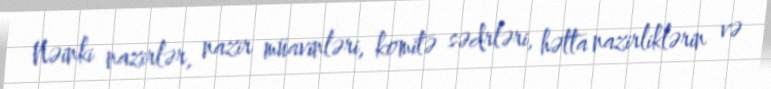
Nəinki nazirlər, nazir müavinləri, komitə sədrləri, hətta nazirliklərin və